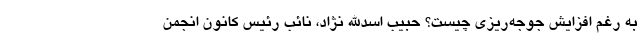
به رغم افزایش جوجه‌ریزی چیست؟ حبیب اسدالله نژاد، نائب رئیس کانون انجمن